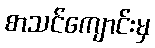
စာသင်ကျောင်းမှ